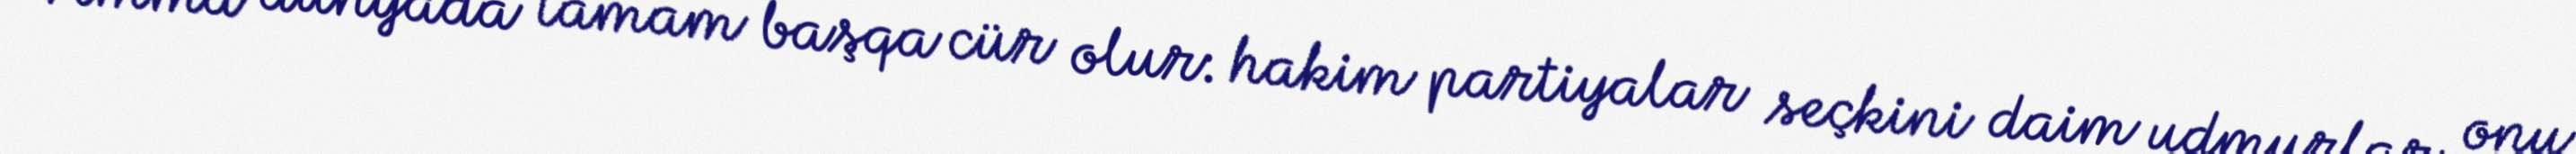
Amma dünyada tamam başqa cür olur: hakim partiyalar seçkini daim udmurlar, onu